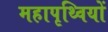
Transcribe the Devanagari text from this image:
महापृथ्वियों